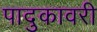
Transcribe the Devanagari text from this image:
पादुकावरी